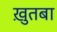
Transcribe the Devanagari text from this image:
ख़ुतबा